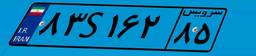
۰۴S۷۳۹۴۹